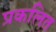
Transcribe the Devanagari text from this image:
प्रकलित